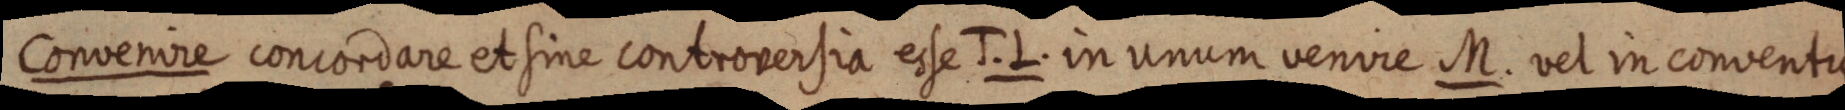
Convenire concordare et sine controversia esse J. L. in unum venire M. vel in conventu